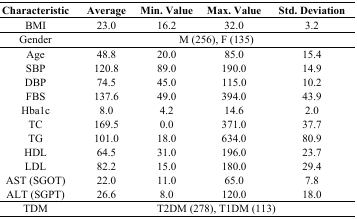
<table><thead><tr><td><b>Characteristic</b></td><td><b>Average</b></td><td><b>Min. Value</b></td><td><b>Max. Value</b></td><td><b>Std. Deviation</b></td></tr></thead><tbody><tr><td>BMI</td><td>23.0</td><td>16.2</td><td>32.0</td><td>3.2</td></tr><tr><td>Gender</td><td colspan="4">M (256), F (135)</td></tr><tr><td>Age</td><td>48.8</td><td>20.0</td><td>85.0</td><td>15.4</td></tr><tr><td>SBP</td><td>120.8</td><td>89.0</td><td>190.0</td><td>14.9</td></tr><tr><td>DBP</td><td>74.5</td><td>45.0</td><td>115.0</td><td>10.2</td></tr><tr><td>FBS</td><td>137.6</td><td>49.0</td><td>394.0</td><td>43.9</td></tr><tr><td>Hba1c</td><td>8.0</td><td>4.2</td><td>14.6</td><td>2.0</td></tr><tr><td>TC</td><td>169.5</td><td>0.0</td><td>371.0</td><td>37.7</td></tr><tr><td>TG</td><td>101.0</td><td>18.0</td><td>634.0</td><td>80.9</td></tr><tr><td>HDL</td><td>64.5</td><td>31.0</td><td>196.0</td><td>23.7</td></tr><tr><td>LDL</td><td>82.2</td><td>15.0</td><td>180.0</td><td>29.4</td></tr><tr><td>AST (SGOT)</td><td>22.0</td><td>11.0</td><td>65.0</td><td>7.8</td></tr><tr><td>ALT (SGPT)</td><td>26.6</td><td>8.0</td><td>120.0</td><td>18.0</td></tr><tr><td>TDM</td><td colspan="4">T2DM (278), T1DM (113)</td></tr></tbody></table>